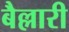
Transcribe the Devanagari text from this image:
बैल्लारी